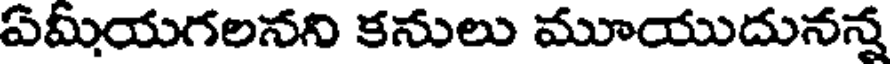
ఏమియగలనని కనులు మూయుదునన్న